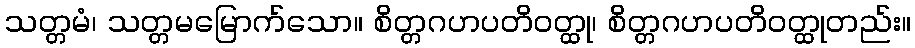
သတ္တမံ၊ သတ္တမမြောက်သော။ စိတ္တဂဟပတိဝတ္ထု၊ စိတ္တဂဟပတိဝတ္ထုတည်း။